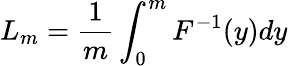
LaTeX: L_{m}=\frac{1}{m}\int_{0}^{m}F^{-1}(y)dy